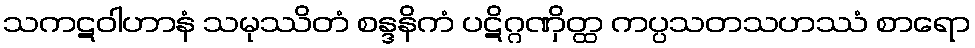
သကဋဝါဟာနံ သမုဿိတံ စန္ဒနိကံ ပဋိဂ္ဂဏှိတ္ထ ကပ္ပသတသဟဿံ စာရော